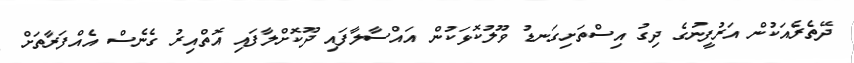
ދޭތެރެއަކުން އަރުފީނުގެ ދިގު އިސްތަށިގަނޑު ވޫލުކޮޅަކުން އައްސާލާފައި ދޫކޮށްލާފައި އޮތްއިރު ގެނެސް އެއްފަރާތަށް